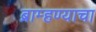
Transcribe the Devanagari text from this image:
ब्राम्हण्याचा